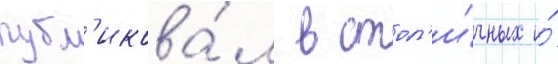
публ'икова́л в стол'и́чных и́